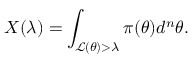
X ( \lambda ) = \int _ { \mathcal { L } ( \theta ) > \lambda } \pi ( \theta ) d ^ { n } \theta .